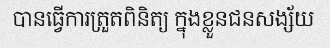
បានធ្វើការត្រួតពិនិត្យ ក្នុងខ្លួនជនសង្ស័យ